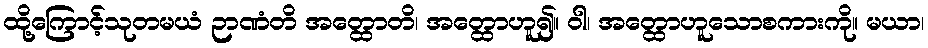
ထို့ကြောင့်သုတမယံ ဉာဏံတိ အတ္ထောတိ၊ အတ္ထောဟူ၍။ ဝါ၊ အတ္ထောဟူသောစကားကို။ မယာ၊